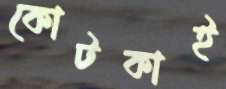
কোটকাই